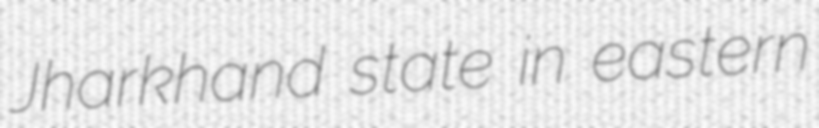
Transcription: Jharkhand state in eastern